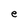
Character: e